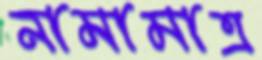
নামামাত্র